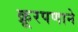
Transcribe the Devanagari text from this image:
क्रूरपणाने